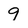
Character: 9